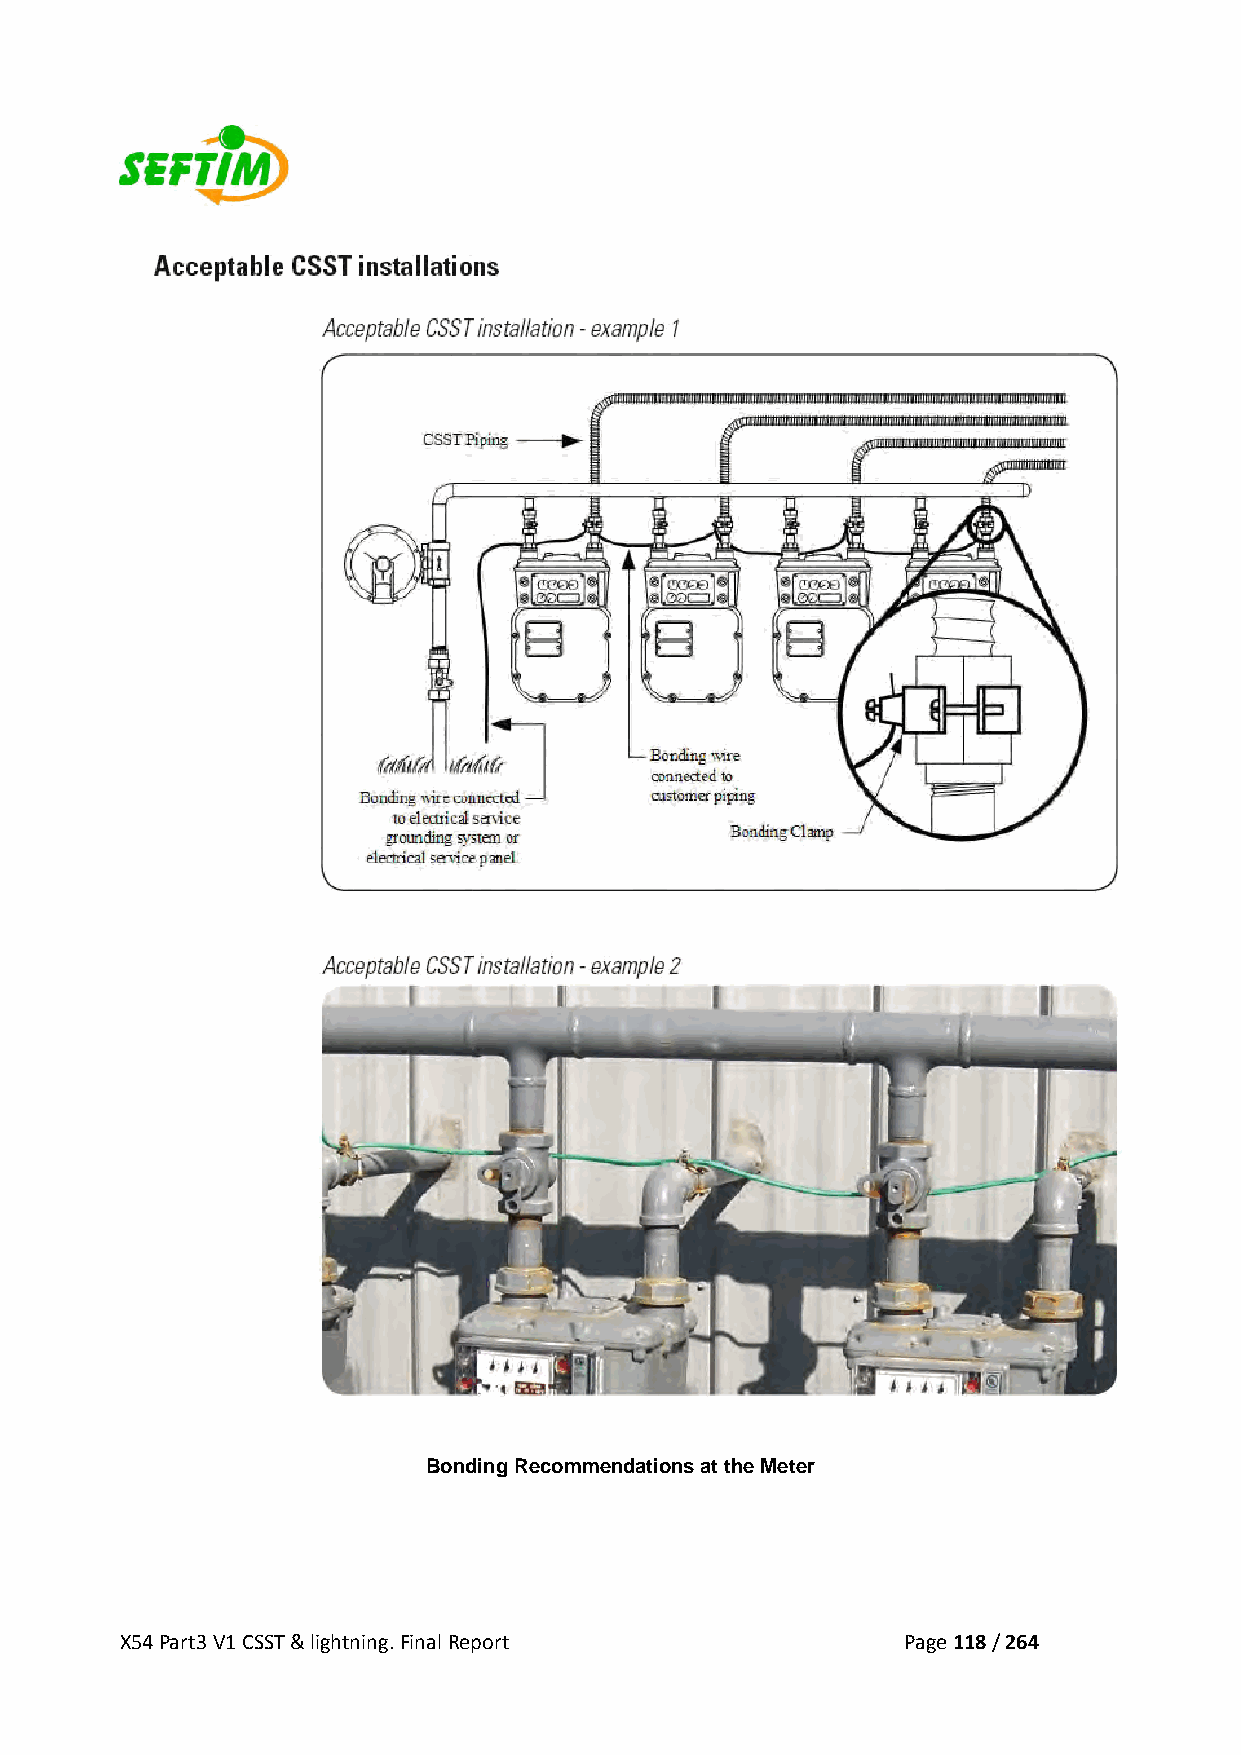
Bonding Recommendations at the Meter
 X54 Part3 V1 CSST & lightning. Final Report         Page 118 / 264